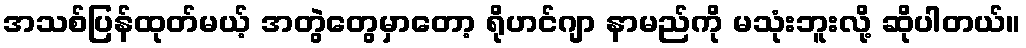
အသစ်ပြန်ထုတ်မယ့် အတွဲတွေမှာတော့ ရိုဟင်ဂျာ နာမည်ကို မသုံးဘူးလို့ ဆိုပါတယ်။